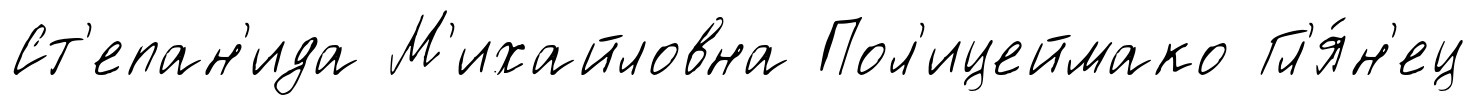
Ст'епан'ида М'ихайловна Пол'ицеймако Гл'я́н'ец